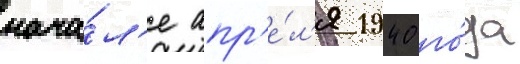
нача́л'е апр'е́л'я 1940 го́да